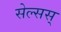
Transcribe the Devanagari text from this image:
सेल्सस्